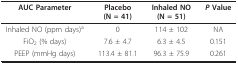
<table><thead><tr><td><b>AUC Parameter</b></td><td><b>Placebo(N = 41)</b></td><td><b>Inhaled NO(N = 51)</b></td><td><b><i>P </i>Value</b></td></tr></thead><tbody><tr><td>Inhaled NO (ppm days)<sup>a</sup></td><td>0</td><td>114 ± 102</td><td>NA</td></tr><tr><td>FiO<sub>2 </sub>(% days)</td><td>7.6 ± 4.7</td><td>6.3 ± 4.5</td><td>0.151</td></tr><tr><td>PEEP (mmHg days)</td><td>113.4 ± 81.1</td><td>96.3 ± 75.9</td><td>0.261</td></tr></tbody></table>